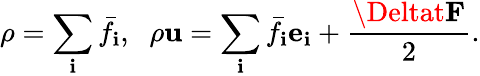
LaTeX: \rho=\sum_{\mathbf{i}}{{{\bar{{f}}}_{\mathbf{i}}},}~~~\mathrm{{{}}}\rho{\mathbf{{u}}}=\sum_{\mathbf{i}}{{{\bar{{f}}}_{\mathbf{i}}}}{{\mathbf{{e}}}_{\mathbf{i}}}+\frac{{{\Deltat{\mathbf{{F}}}}}}{{2}}.